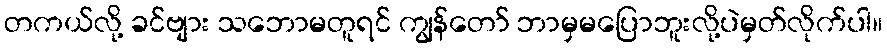
တကယ်လို့ ခင်ဗျား သဘောမတူရင် ကျွန်တော် ဘာမှမပြောဘူးလို့ပဲမှတ်လိုက်ပါ။